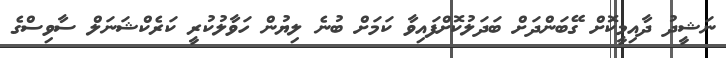
ނަޝީދު ދާއިމީކޮށް ގޭބަންދަށް ބަދަލުކޮށްފައިވާ ކަމަށް ބުނެ ލިޔުން ހަވާލުކުރީ ކަރެކްޝަނަލް ސާވިސްގެ